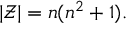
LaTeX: | { \mathcal { Z } } | = n ( n ^ { 2 } + 1 ) .